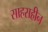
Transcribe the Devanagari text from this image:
साहसहीन